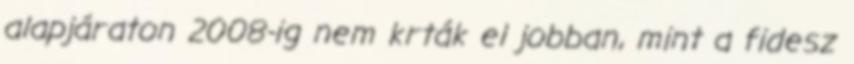
alapjáraton 2008-ig nem krták el jobban, mint a fidesz